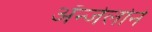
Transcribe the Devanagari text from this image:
ॲन्जेलोने